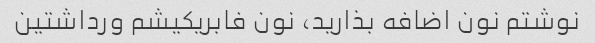
نوشتم نون اضافه بذارید، نون فابریکیشم ورداشتین